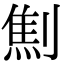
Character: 劁